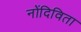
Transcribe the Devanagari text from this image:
नोंदिविता